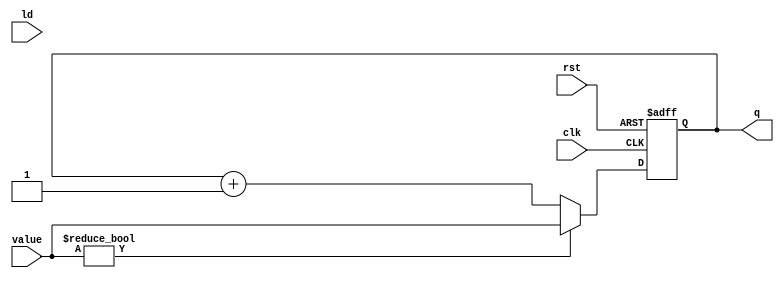
module count4 (
    input clk,ld,rst,
    input [3:0] value,
    output reg [3:0] q
);
always @ (posedge clk, negedge rst)begin
    if (rst==0) begin
        q <=0;
    end
    else if (value) begin
        q <= value;
    end
    else begin
    q <= q + 1 ;    
    end
    
end
endmodule